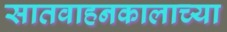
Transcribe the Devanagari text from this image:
सातवाहनकालाच्या